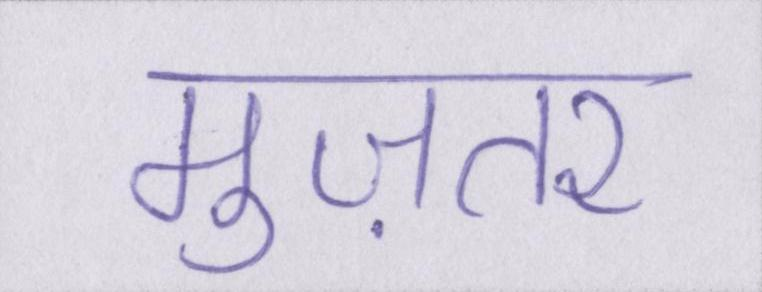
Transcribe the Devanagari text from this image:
मुज़तर